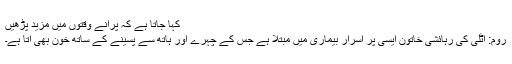
کہا جاتا ہے کہ پرانے وقتوں میں مزید پڑھیں
روم: اٹلی کی رہائشی خاتون ایسی پر اسرار بیماری میں مبتلا ہے جس کے چہرے اور ہاتھ سے پسینے کے ساتھ خون بھی آتا ہے۔